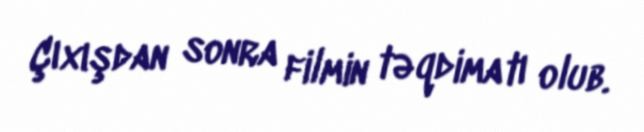
Çıxışdan sonra filmin təqdimatı olub.